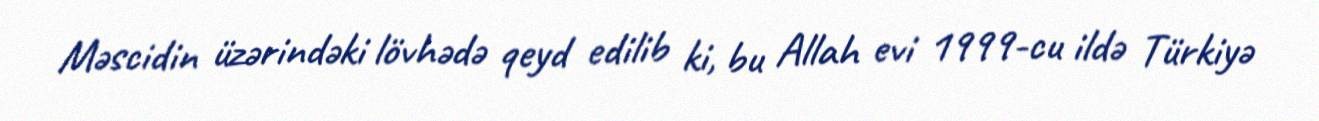
Məscidin üzərindəki lövhədə qeyd edilib ki, bu Allah evi 1999-cu ildə Türkiyə